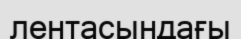
лентасындағы